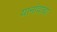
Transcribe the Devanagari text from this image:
यानांवाचा